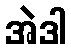
အဲဒါ